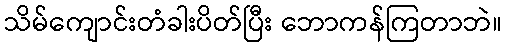
သိမ်ကျောင်းတံခါးပိတ်ပြီး ဘောကန်ကြတာဘဲ။